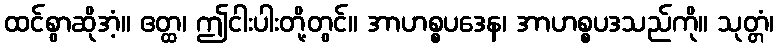
ထင်စွာဆိုအံ့။ ဧတ္ထ၊ ဤငါးပါးတို့တွင်။ အာဟစ္စပဒေန၊ အာဟစ္စပဒသည်ကို။ သုတ္တံ၊